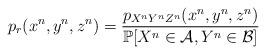
LaTeX: \begin{align*}p_r(x^n, y^n, z^n)=\frac{p_{X^nY^nZ^n}(x^n, y^n,z^n)}{\mathbb{P}[X^n\in \mathcal{A}, Y^n\in \mathcal{B}]}\end{align*}